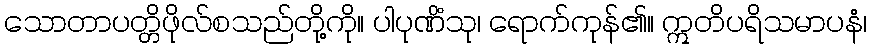
သောတာပတ္တိဖိုလ်စသည်တို့ကို။ ပါပုဏိံသု၊ ရောက်ကုန်၏။ ဣတိပရိသမာပနံ၊